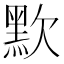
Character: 㱄